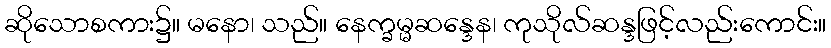
ဆိုသောစကား၌။ မနော၊ သည်။ နေက္ခမ္မဆန္ဒေန၊ ကုသိုလ်ဆန္ဒဖြင့်လည်းကောင်း။